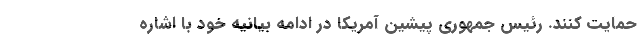
حمایت کنند. رئیس جمهوری پیشین آمریکا در ادامه بیانیه خود با اشاره